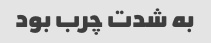
به شدت چرب بود